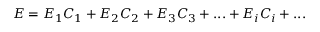
\begin{array} { r } { E = E _ { 1 } C _ { 1 } + E _ { 2 } C _ { 2 } + E _ { 3 } C _ { 3 } + . . . + E _ { i } C _ { i } + . . . } \end{array}